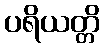
ပရိယတ္တိ